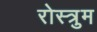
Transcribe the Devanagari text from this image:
रोस्त्रुम